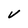
Character: v